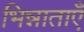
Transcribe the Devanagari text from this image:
भिन्नाताएँ